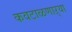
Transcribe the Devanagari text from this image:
कवटाळणाऱ्या